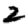
Digit: 2